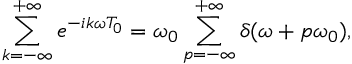
\sum _ { k = - \infty } ^ { + \infty } e ^ { - i k \omega T _ { 0 } } = \omega _ { 0 } \sum _ { p = - \infty } ^ { + \infty } \delta ( \omega + p \omega _ { 0 } ) ,